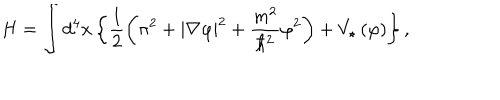
H = \int d ^ { 4 } x \left\{ \frac { 1 } { 2 } \left( \pi ^ { 2 } + \left| \nabla \varphi \right| ^ { 2 } + \frac { m ^ { 2 } } { \hbar ^ { 2 } } \varphi ^ { 2 } \right) + V _ { \star } \left( \varphi \right) \right\} ,